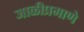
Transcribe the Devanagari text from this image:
जाळीप्रमाणे